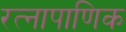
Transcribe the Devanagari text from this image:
रत्‍नापाणिक